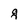
Character: g